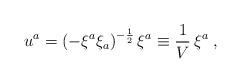
LaTeX: \begin{align*}u^{a}={\left(-\xi^{a}\xi_{a}\right)}^{-{1\over2}}\,\xi^{a}\equiv{1\over V}\,\xi^{a}\;,\end{align*}